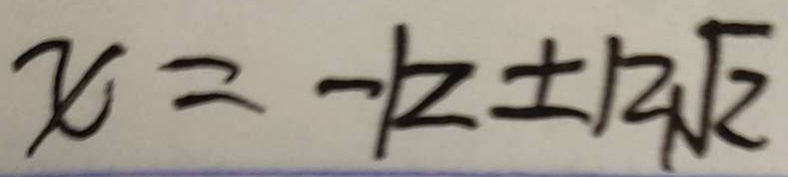
x = - k \pm 1 2 \sqrt { 2 }